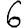
Digit: 6